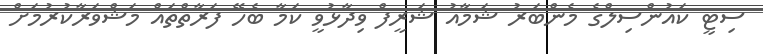
ސިޓީ ކައުންސިލްގެ މެންބަރު ޝަމާއު ޝަރީފް ވިދާޅުވީ ކަމާ ބެހޭ ފަރާތްތައް މަޝްވަރާކުރުމަށް